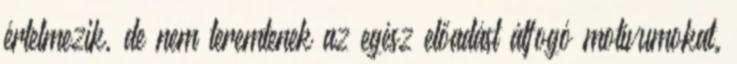
értelmezik, de nem teremtenek az egész előadást átfogó motívumokat.